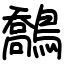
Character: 鷮